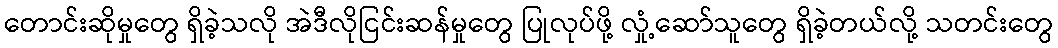
တောင်းဆိုမှုတွေ ရှိခဲ့သလို အဲဒီလိုငြင်းဆန်မှုတွေ ပြုလုပ်ဖို့ လှုံ့ဆော်သူတွေ ရှိခဲ့တယ်လို့ သတင်းတွေ